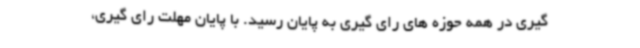
گیری در همه حوزه های رای گیری به پایان رسید. با پایان مهلت رای گیری،